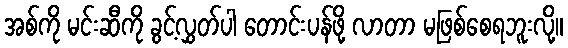
အစ်ကို မင်းဆီကို ခွင့်လွှတ်ပါ တောင်းပန်ဖို့ လာတာ မဖြစ်စေရဘူးလို့။